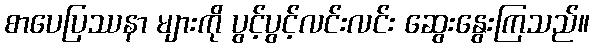
စာပေပြဿနာ များကို ပွင့်ပွင့်လင်းလင်း ဆွေးနွေးကြသည်။